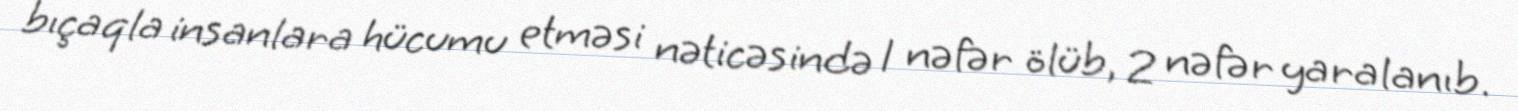
bıçaqla insanlara hücumu etməsi nəticəsində 1 nəfər ölüb, 2 nəfər yaralanıb.